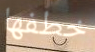
خطفها